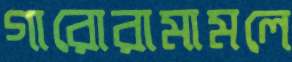
গারোরামামলে